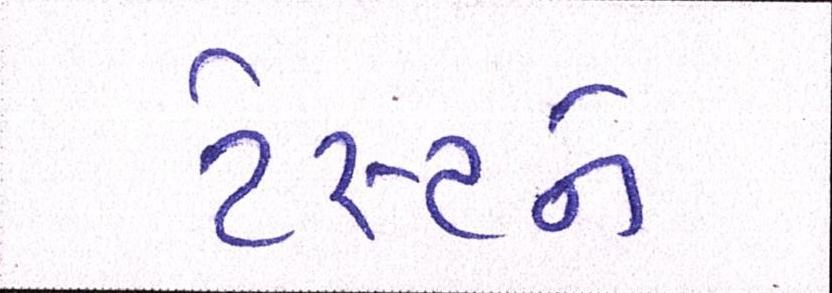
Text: ટેસ્ટને